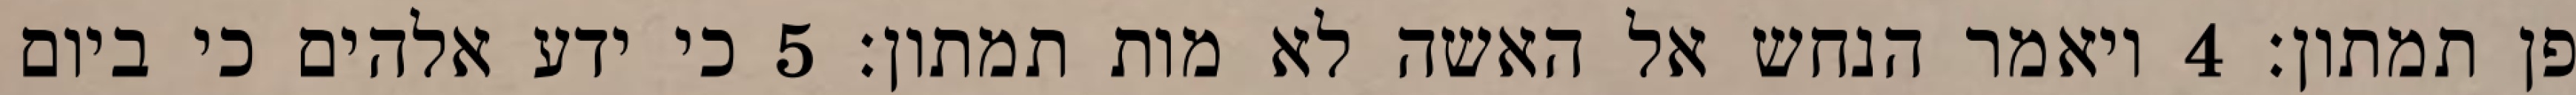
פן תמתון׃ ‎4‏ ויאמר הנחש אל האשה לא מות תמתון׃ ‎5‏ כי ידע אלהים כי ביום